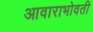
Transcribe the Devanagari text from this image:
आवाराभोवती